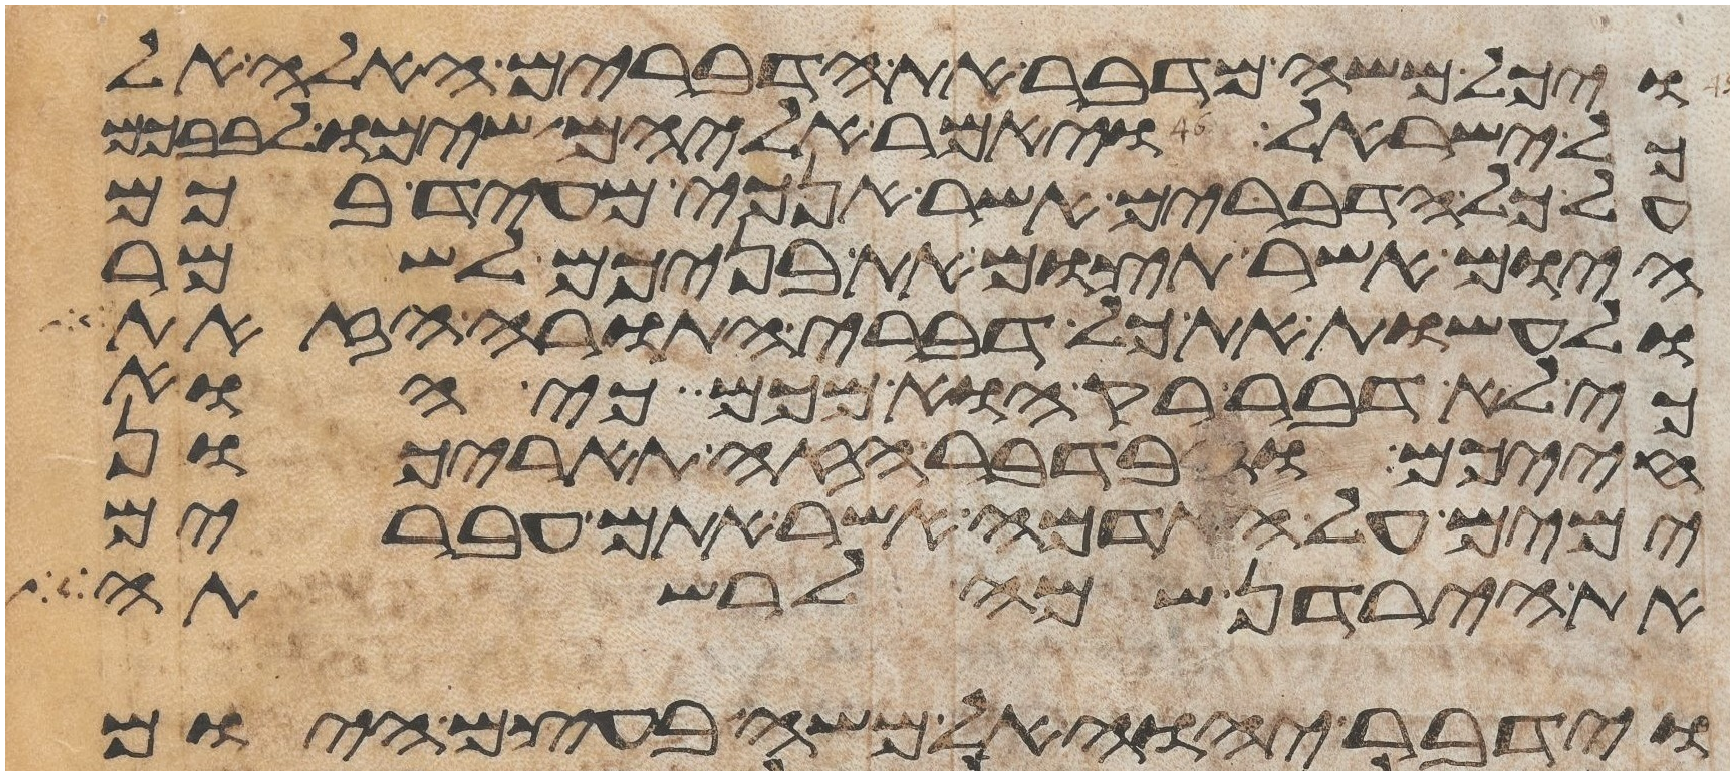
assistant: ויכל משה מדבר את הדברים האלה אל
כל ישראל ויאמר אליהם שימו לבבכם
על כל הדברים אשר אנכי מעיד בכם
היום אשר תצום את בניכם לשמר
ולעשות את כל דברי התורה הזאת
כי לא דבר רק הוא מכם כי הוא
חייכם ובדבר הזה תאריכון
ימים על האדמה אשר אתם עברים
את הירדן שמה לרשתה
וידבר יהוה אל משה בעצם היום